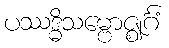
ပဿဒ္ဓိသမ္ဗောဇ္ဈင်္ဂံ